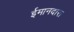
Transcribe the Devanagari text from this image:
ईमानदारा